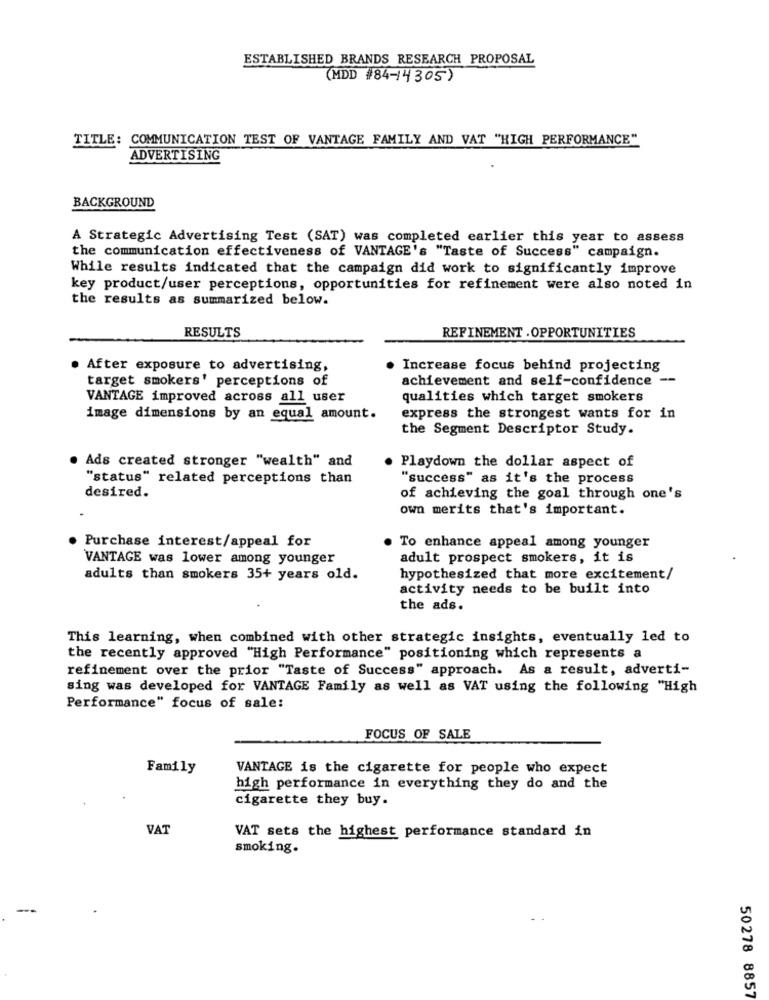
ESTABLISHED BRANDS RESEARCH PROPOSAL
(MDD #84-14 305)
TITLE: COMMUNICATION TEST OF VANTAGE FAMILY AND VAT "HIGH PERFORMANCE"
ADVERTISING
BACKGROUND
A Strategic Advertising Test (SAT) was completed earlier this year to assess
the communication effectiveness of VANTAGE's "Taste of Success" campaign.
While results indicated that the campaign did work to significantly improve
key product/user perceptions, opportunities for refinement were also noted in
the results as summarized below.
RESULTS
REFINEMENT . OPPORTUNITIES
After exposure to advertising,
Increase focus behind projecting
target smokers' perceptions of
achievement and self-confidence --
VANTAGE improved across all user
qualities which target smokers
image dimensions by an equal amount.
express the strongest wants for in
the Segment Descriptor Study.
Ads created stronger "wealth" and
Playdown the dollar aspect of
"status" related perceptions than
"success" as it's the process
desired.
of achieving the goal through one's
own merits that's important.
· Purchase interest/appeal for
. To enhance appeal among younger
VANTAGE was lower among younger
adult prospect smokers, it is
adults than smokers 35+ years old.
hypothesized that more excitement/
activity needs to be built into
the ads.
This learning, when combined with other strategic insights, eventually led to
the recently approved "High Performance" positioning which represents a
refinement over the prior "Taste of Success" approach. As a result, adverti-
sing was developed for VANTAGE Family as well as VAT using the following "High
Performance" focus of sale:
FOCUS OF SALE
Family
VANTAGE is the cigarette for people who expect
high performance in everything they do and the
cigarette they buy.
VAT
VAT sets the highest performance standard in
smoking.
50278 8857